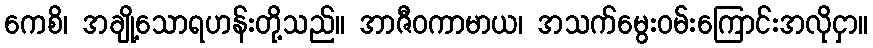
ကေစိ၊ အချို့သောရဟန်းတို့သည်။ အာဇီဝကာမာယ၊ အသက်မွေးဝမ်းကြောင်းအလိုငှာ။